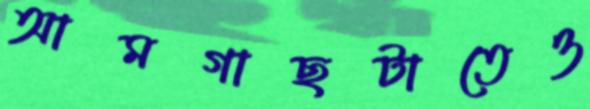
আমগাছটাতেও